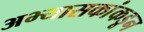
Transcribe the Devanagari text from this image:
अभ्यासकांकडून